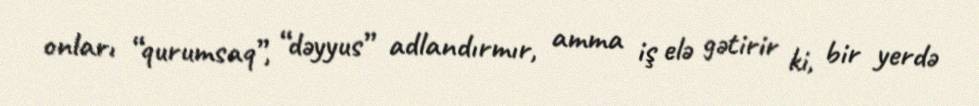
onları “qurumsaq”, “dəyyus” adlandırmır, amma iş elə gətirir ki, bir yerdə